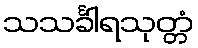
သသင်္ခါရသုတ္တံ